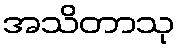
အသိတာသု